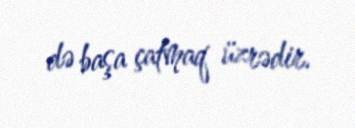
də başa çatmaq üzrədir.